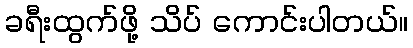
ခရီးထွက်ဖို့ သိပ် ကောင်းပါတယ်။